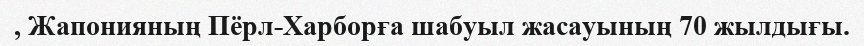
, Жапонияның Пёрл-Харборға шабуыл жасауының 70 жылдығы.